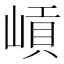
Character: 𡺭